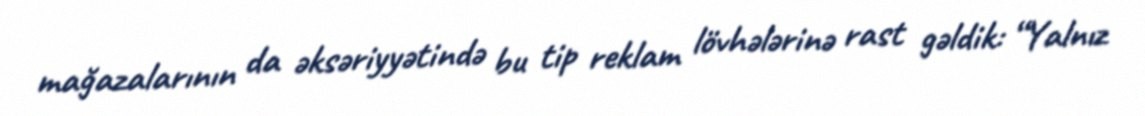
mağazalarının da əksəriyyətində bu tip reklam lövhələrinə rast gəldik: “Yalnız